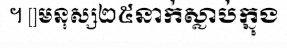
។ []មនុស្ស២៥នាក់ស្លាប់ក្នុង